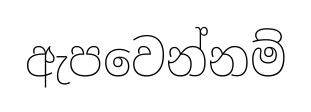
ඇපවෙන්නම්